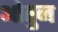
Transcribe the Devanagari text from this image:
ओतुन